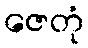
ဇေတုံ